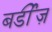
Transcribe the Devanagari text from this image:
बर्डीज़